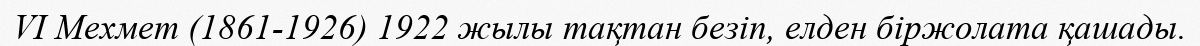
VI Мехмет (1861-1926) 1922 жылы тақтан безіп, елден біржолата қашады.